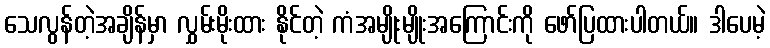
သေလွန်တဲ့အချိန်မှာ လွှမ်းမိုးထား နိုင်တဲ့ ကံအမျိုးမျိုးအကြောင်းကို ဖော်ပြထားပါတယ်။ ဒါပေမဲ့